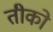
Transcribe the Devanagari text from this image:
तीको